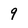
Character: 9